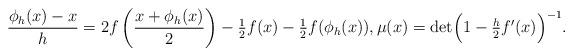
LaTeX: \begin{align*}\frac{\phi_h(x)-x}{h} = 2f\left(\frac{x+\phi_h(x)}2\right)-\tfrac12f(x)-\tfrac12f(\phi_h(x)), \mu(x)=\det\Bigl({1-\tfrac{h}{2}f'(x)}\Bigr)^{-1}.\end{align*}